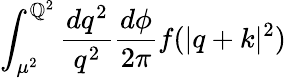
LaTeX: \int_{\mu^{2}}^{\mathbb{Q}^{2}}\frac{{dq^{2}}}{{q^{2}}}\frac{{d\phi}}{{2\pi}}f(|q+k|^{2})